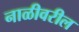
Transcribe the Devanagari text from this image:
नाळीवरील